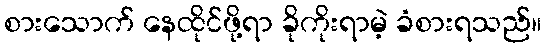
စားသောက် နေထိုင်ဖို့ရာ ခိုကိုးရာမဲ့ ခံစားရသည်။